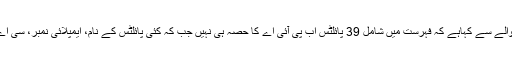
نجی ٹی وی جیونیوز نے ذرائع کے حوالے سے کہاہے کہ فہرست میں شامل 39 پائلٹس اب پی آئی اے کا حصہ ہی نہیں جب کہ کئی پائلٹس کے نام، ایمپلائی نمبر، سی اے اے ریفرنس نمبر بھی غلط درج ہیں۔